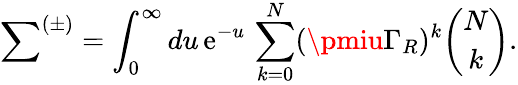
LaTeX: {\sum}^{(\pm)}=\int_{0}^{\infty}du\, \mathrm{e}^{-u}\, \sum_{k=0}^{N}(\pmiu\Gamma_{R})^{k}{\binom{N}{k}}.